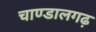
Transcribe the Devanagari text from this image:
चाण्डालगढ़